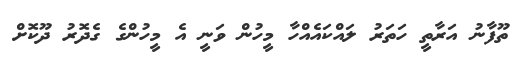
ތޫފާނު އަރާތީ ހަތަރު ލައްކައެއްހާ މީހުން ވަނީ އެ މީހުންގެ ގެދޮރު ދޫކޮށް